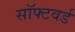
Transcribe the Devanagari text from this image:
सॉफ्टवर्ड